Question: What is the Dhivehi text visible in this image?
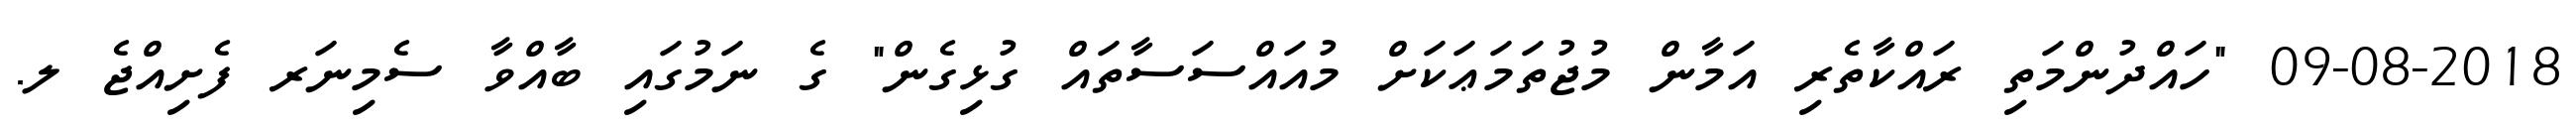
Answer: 09-08-2018 "ހައްދުންމަތި ރައްކާތެރި އަމާން މުޖުތަމަޢަކަށް މުއައްސަސާތައް ގުޅިގެން" ގެ ނަމުގައި ބާއްވާ ސެމިނަރ ފެށިއްޖެ ލ.